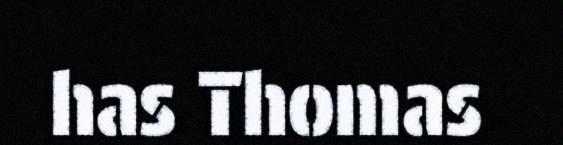
has Thomas